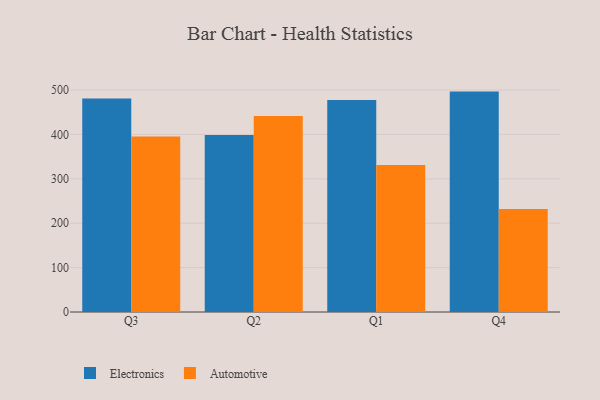
{"axis": {"x": "Quarter", "y": "Revenue (USD Million)"}, "legend": ["Automotive", "Electronics"], "data": [{"x": "Q3", "y": 480.7, "type": "Electronics"}, {"x": "Q3", "y": 395.2, "type": "Automotive"}, {"x": "Q2", "y": 398.9, "type": "Electronics"}, {"x": "Q2", "y": 441.7, "type": "Automotive"}, {"x": "Q1", "y": 477.8, "type": "Electronics"}, {"x": "Q1", "y": 331.3, "type": "Automotive"}, {"x": "Q4", "y": 496.5, "type": "Electronics"}, {"x": "Q4", "y": 231.8, "type": "Automotive"}]}